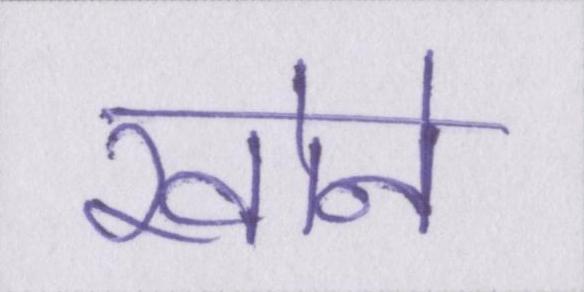
खोने